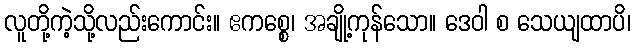
လူတို့ကဲ့သို့လည်းကောင်း။ ဧကစ္စေ၊ အချို့ကုန်သော။ ဒေဝါ စ သေယျထာပိ၊